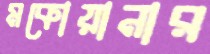
মকোয়ানার